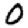
Digit: 0